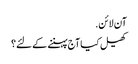
آن لائن.
کھیل کیا آج پہننے کے لئے؟